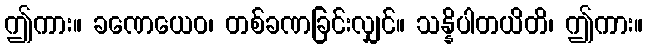
ဤကား။ ခဏေယေဝ၊ တစ်ခဏခြင်းလျှင်။ သန္နိပါတယိတိ၊ ဤကား။